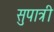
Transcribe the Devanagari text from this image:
सुपात्री